Vaccination North-Western Provinces and Oudh 1878-1895 - 1878-1895
Year: 1878
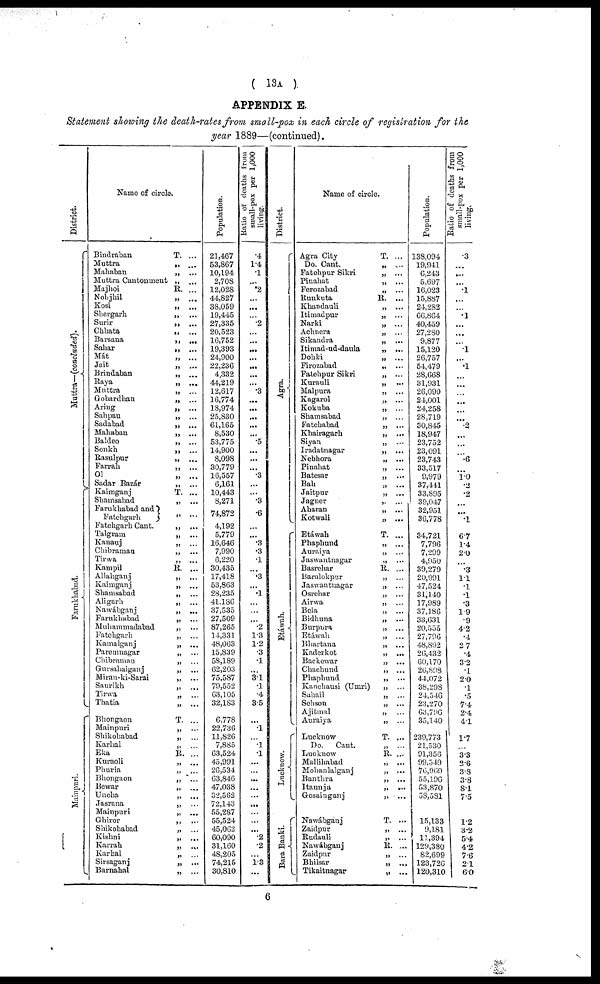
( 13A )
APPENDIX E.
Statement showing the death-rates from small-pox in each circle of registration for the
year 1889—(continued).
District.
Muttra—(concluded).
Farukhabad.
Mainpuri.
Name of circle.
Bindraban
T. ...
Muttra
„ ...
Mahaban
„ ...
Muttra Cantonment „ ...
Majhoi
R. ...
Nohjhil
„ ...
Kosi
„ ...
Shergarh
„ ...
Surir
„ ...
Chhata
„ ...
Barsana
„ ...
Sahar
„ ...
Mát
„ ...
Jait
„ ...
Brindaban
„ ...
Raya
„ ...
Muttra
„ ...
Gobardhan
„ ...
Aring
„ ...
Sahpau
„ ...
Sadabad
„ ...
Mahaban
„ ...
Baldeo
„ ...
Sonkh
„ ...
Rasulpur
„ ...
Farrah
„ ...
Ol
„ ...
Sadar Bazár
„ ...
Kaimganj
T. ...
Shamsabad
„ ...
Farukhabad and
Fatehgarh
„ ...
Fatehgarh Cant.
„ ...
Talgram
„ ...
Kanauj
„ ...
Clnbramau
„ ...
Tirwa
„ ...
Kampil
R. ...
Allahganj
„ ...
Kaimganj
„ ...
Shamsabad
„ ...
Ali garh
„ ...
Nawábganj
„ ...
Farukhabad
„ ...
Muhammadabad
„ ...
Fatehgarh
„ ...
Kamalganj
„ ...
Paremnagar
„ ...
Chibramau
„ ...
Gursahaiganj
„ ...
Miran-ki-Sarai
„ ...
Saurikh
„ ...
Tirwa
„ ...
Thatia
„ ...
Bhongaon
T. ...
Mainpuri
„ ...
Shikohabad
„ ...
Karhal
„ ...
Eka
R. ...
Kuraoli
„ ...
Phuria
„ ...
Bhongaon
„ ...
Bewar
„ ...
Uncha
„ ...
Jasrana
„ ...
Mainpuri
„ ...
Ghiror
„ ...
Shikohabad
„ ...
Kishni
„ ...
Karrah
„ ...
Karhal
„ ...
Sirsaganj
„ ...
Barnahal
„ ...
Population.
21,467
53,867
10,194
2,708
12,028
44,827
38,059
19,445
27,335
20,523
16,752
19,393
24,900
22,236
4,332
44,219
12,617
16,774
18,974
25,830
61,165
8,530
53,775
14,900
8,098
30,779
16,557
6,161
10,443
8,271
74,872
4,192
5,779
16,646
7,990
6,220
30,435
17,418
53,863
28,235
41,186
37,535
27,509
87,265
14,331
48,063
15,839
58,189
62,203
75,587
79,552
63,105
32,183
6,778
22,736
11,826
7,885
63,524
45,991
26,534
63,846
47,038
32,562
72,143
55,287
55,524
45,062
60,090
31,160
48,205
74,215
30,810
Ratio of deaths from
small-pox per 1,000
living.
.4
1.4
.1
...
.2
...
...
...
.2
...
...
...
...
...
...
...
.3
...
...
...
...
...
.5
...
...
...
.3
...
... .3
.6
...
...
.3
.3
.1
...
.3
...
.1
...
...
...
.2
1.3
1.2
.3
.1
...
3.1
.1
.4
3.5
...
.1
...
.1
.1
...
...
...
...
...
...
...
...
...
.2
.2
...
1.3
...
District.
Agra.
Etáwah.
Lucknow.
Bara Banki.
Name of circle.
Agra City
T. ...
Do. Cant.
„ ...
Fatehpur Sikri
„ ...
Pinahat
„ ...
Ferozabad
„ ...
Runkuta
R. ...
Khandauli „ ...
Itimadpur
„ ...
Narki
„ ...
Achnera
„ ...
Sikandra
„ ...
Itimad-ud-daula
„ ...
Dohki
„ ...
Firozabad
„ ...
Fatehpur Sikri
„ ...
Kurauli
„ ...
Malpura
„ ...
Kagarol
„ ...
Kokuba
„ ...
Shamsabad
„ ...
Fatehabad
„ ...
Khairagarh
„ ...
Siyan
„ ...
Iradatnagar
„ ...
Nebhora
„ ...
Pinahat
„ ...
Batesar
„ ...
Bah
„ ...
Jaitpur
„ ...
Jagner
„ ...
Abaran
„ ...
Kotwali
„ ...
Etáwah
T. ...
Phaphund
„ ...
Auraiya
„ ...
Jaswantnagar
„ ...
Basrehar
R. ...
Baralokpur
„ ...
Jaswantnagar
„ ...
Osrehar
„ ...
Airwa
„ ...
Bela
„ ...
Bidhuna
„ ...
Burpura
„ ...
Etáwah
„ ...
Bhartana
„ ...
Kaderkot
„ ...
Backewar
„ ...
Chachund
„ ...
Phaphund
„ ...
Kanehausi (Umri)
„ ...
Sahail
„ ...
Sehson
„ ...
Ajitmal
„ ...
Auraiya
„ ...
Lucknow
T. ...
Do.
Cant.
„ ...
Lucknow
R. ...
Mallihabad
„ ...
Mohanlalganj
„ ...
Banthra
„ ...
Itaunja
„ ...
Gosainganj
„ ...
Nawábganj
T. ...
Zaidpur
„ ...
Rudauli
„ ...
Nawábganj
R. ...
Zaidpur
„ ...
Bhilsar
„ ...
Tikaitnagar
„ ...
Population.
138,094
19,941
6,243
5,697
16,023
15,887
24,282
66,864
40,459
27,280
9,877
15,120
26,757
54,479
28,668
31,931
26,090
24,001
24,258
28,719
30,845
18,947
23,752
23,091
28,743
33,517
9,979
37,441
33,895
39,047
32,951
36,778
34,721
7,796
7,299
4,950
39,279
20,991
47,524
31,140
17,989
37,186
33,631
20,555
27,796
48,892
26,432
60,170
26,898
44,072
38,298
24,546
23,270
63,796
35,140
239,773
21,530
91,356
99,549
76,969
55,196
53,870
58,581
15,133
9,181
11,394
129,380
82,699
123,726
120,310
Ratio of deaths from
small-pox per 1,000
living.
.3
...
...
...
.1
...
...
.1
...
...
...
.1
...
.1
...
...
...
...
...
...
.3
...
...
...
.6
...
1.0
.2
.2
...
...
.1
67
1.4
2.0
...
.3
1.1
.1
.1
.3
1.9
.9
4.2
.4
2.7
.4
3.2
.1
2.0
.1
.5
7.4
2.4
4.1
1.7
...
3.3
2.6
3.8
3.8
8.1
7.5
1.2
3.2
5.4
4.2
7.6
2.1
6.0
6